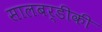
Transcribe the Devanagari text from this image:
सालबर्डीकी